Indian Civil Veterinary Department memoirs
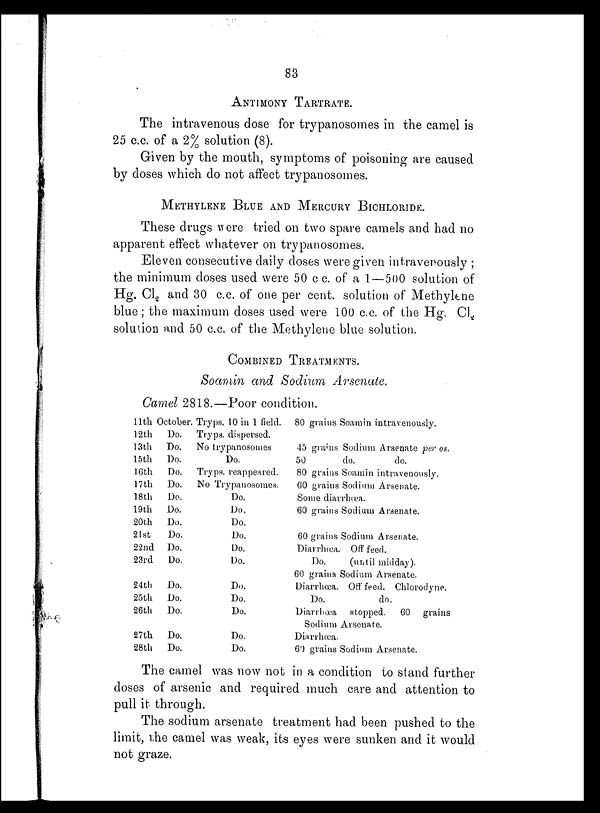
83
ANTIMONY TARTRATE.
The intravenous dose for trypanosomes in the camel is
25 c.c. of a 2% solution (8).
Given by the mouth, symptoms of poisoning are caused
by doses which do not affect trypanosomes.
METHYLENE BLUE AND MERCURY BICHLORIDE.
These drugs were tried on two spare camels and had no
apparent effect whatever on trypanosomes.
Eleven consecutive daily doses were given intravenously;
the minimum doses used were 50 c c. of a 1—500 solution of
Hg. Cl 2 and 30 c.c. of one per cent. solution of Methylene
blue; the maximum doses used were 100 c.c. of the Hg. Cl 2
solution and 50 c.c. of the Methylene blue solution.
COMBINED TREATMENTS.
Soamin and Sodium Arsenate.
Camel 2818.—Poor condition.
11th
12th
13th
15th
16th
17th
18th
19th
20th
21st
22nd
23rd
24th
25th
26th
27th
28th
October.
Do.
Do.
Do.
Do.
Do.
Do.
Do.
Do.
Do.
Do.
Do.
Do.
Do.
Do.
Do.
Do.
Tryps. 10 in 1 field.
Tryps. dispersed.
No trypanosomes
Do.
Tryps. reappeared.
No Trypanosomes.
Do.
Do.
Do.
Do.
Do.
Do.
Do.
Do.
Do.
Do.
Do.
80 grains Soamin intravenously.
45 grams Sodium Arsenate per os.
50
do.
do.
80 grains Soamin intravenously.
60 grains Sodium Arsenate.
Some diarrhœa.
60 grains Sodium Arsenate.
60 grains Sodium Arsenate.
Diarrhœa. Off feed.
Do.
(until midday).
60 grains Sodium Arsenate.
Diarrhœa. Off feed. Chlorodyne.
Do.
do.
Diarrhœa stopped. 60 grains
Sodium Arsenate.
Diarrhœa.
60 grains Sodium Arsenate.
The camel was now not in a condition to stand further
doses of arsenic and required much care and attention to
pull it through.
The sodium arsenate treatment had been pushed to the
limit, the camel was weak, its eyes were sunken and it would
not graze.